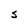
Character: S